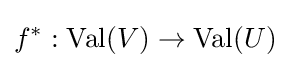
f^{*}:\operatorname {Val} (V)\to \operatorname {Val} (U)